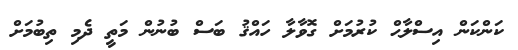
ކަންކަން އިސްލާޙް ކުރުމަށް ގޮވާލާ ހައްޤު ބަސް ބުނުން މަތީ ދެމި ތިބުމަށް